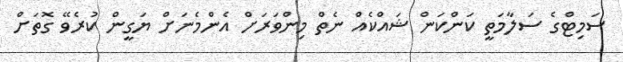
ސަމިޓްގެ ސަލާމަތީ ކަންކަން ޝައްކެއް ނެތް މިންވަރަށް އެންމެނަށް ޔަގީން ކުރެވޭ ގޮތަށް